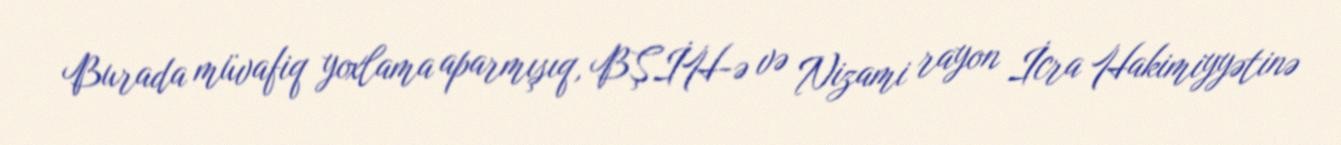
Burada müvafiq yoxlama aparmışıq, BŞİH-ə və Nizami rayon İcra Hakimiyyətinə